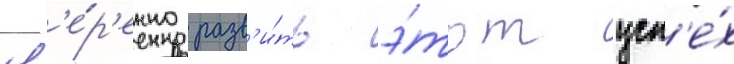
ув'е́р'енно разв'и́ть э́тот усп'е́х